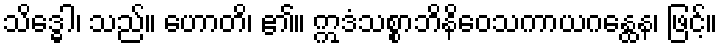
သိဒ္ဓေါ၊ သည်။ ဟောတိ၊ ၏။ ဣဒံသစ္စာဘိနိဝေသကာယဂန္ထေန၊ ဖြင့်။